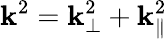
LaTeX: \mathbf{k}^{2}=\mathbf{k}_{\perp}^{2}+\mathbf{k}_{\parallel}^{2}